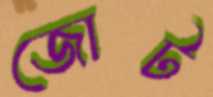
জোট